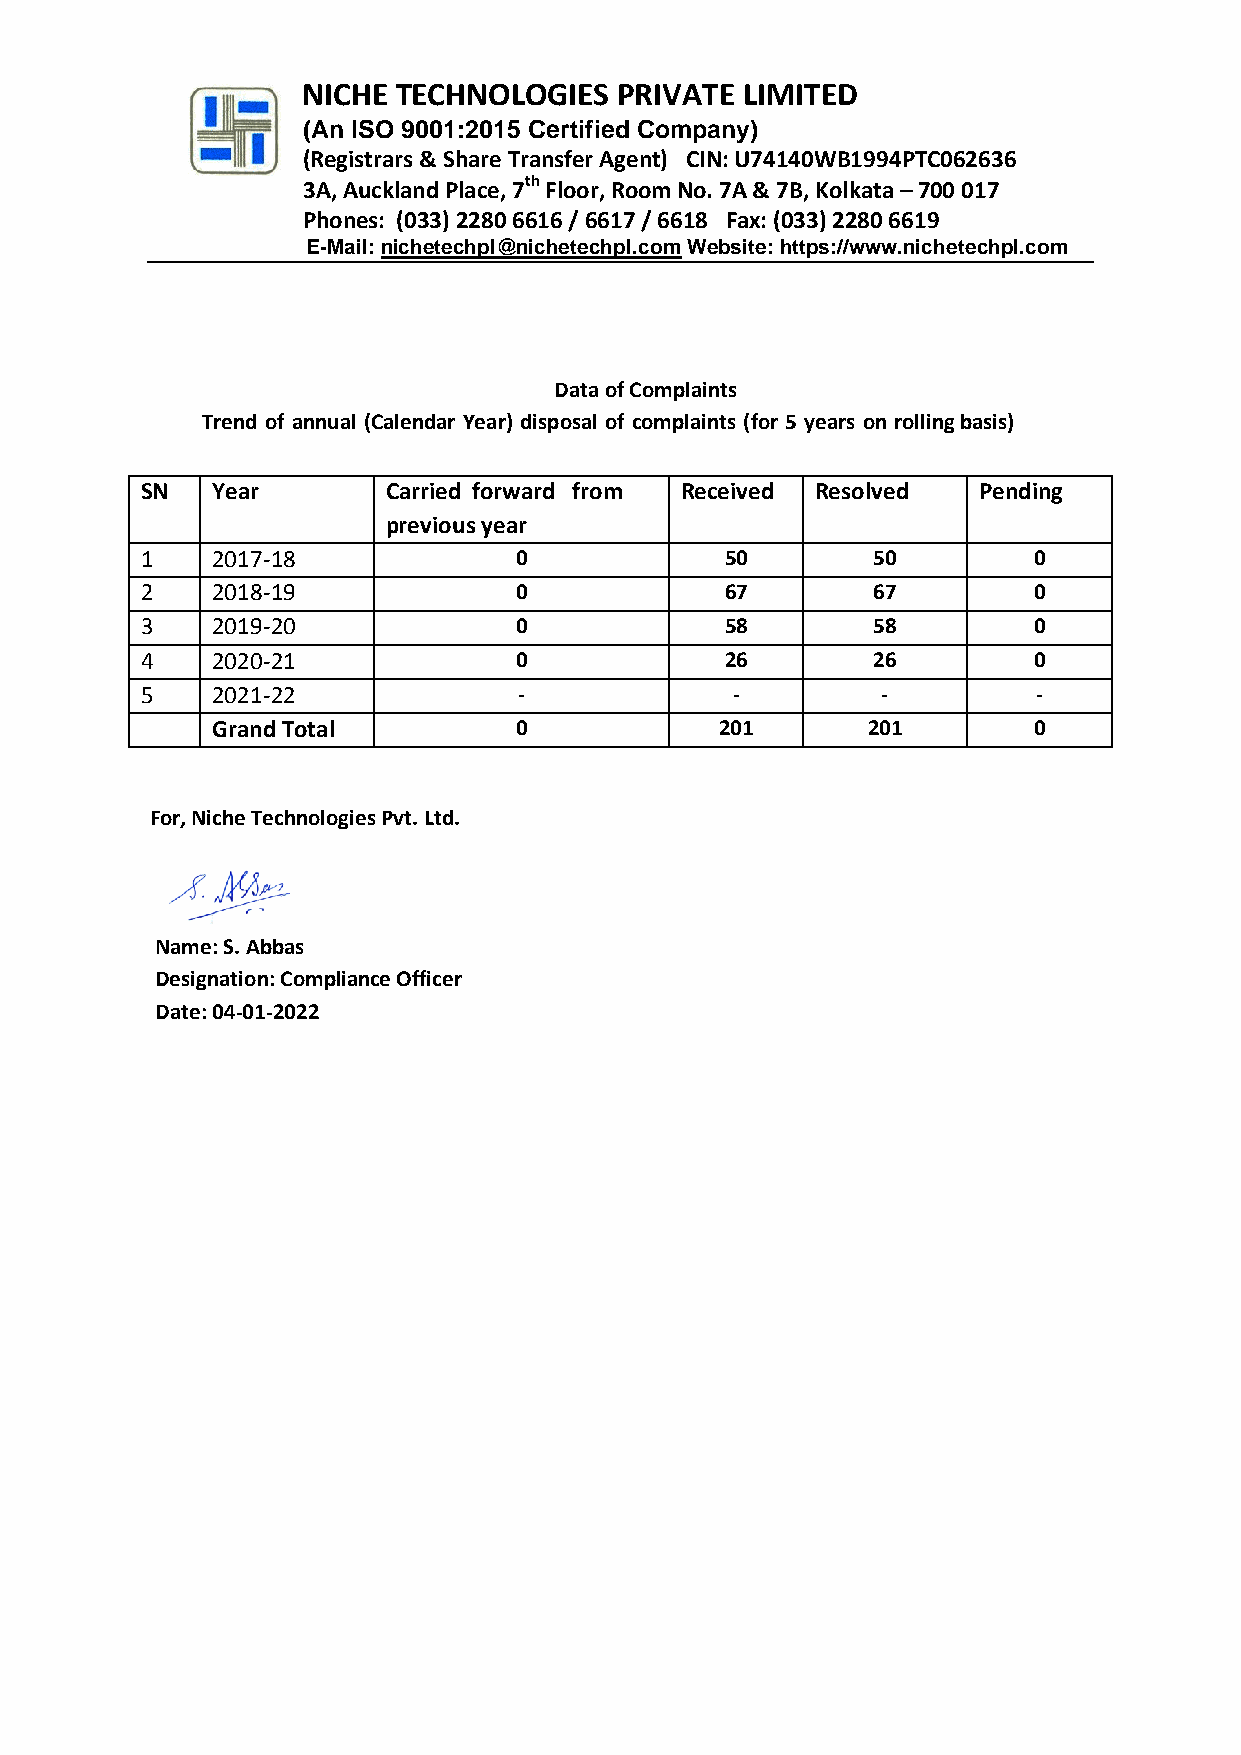
NICH NICHE TECHNOLOGIES   PRIVATE LIMITED
 (An ISO 9001:2015 Certified Company)
 (Registrars & Share Transfer Agent) CIN: U74140WB1994PTC062636
 3A, Auckland Place, 7th Floor, Room No. 7A & 7B, Kolkata – 700 017
 Phones: (033) 2280 6616 / 6617 / 6618 Fax: (033) 2280 6619
 E-Mail: nichetechpl@nichetechpl.com Website: https://www.nichetechpl.com
 Data of Complaints
 Trend of annual (Calendar Year) disposal of complaints (for 5 years on rolling basis)
 SN   Year        Carried forward from Received Resolved Pending
 previous year
 1    2017-18             0             50        50        0
 2    2018-19             0             67        67        0
 3    2019-20             0             58        58        0
 4    2020-21             0             26        26        0
 5    2021-22             -             -         -          -
 Grand Total         0             201      201        0
 For, Niche Technologies Pvt. Ltd.
 Name: S. Abbas
 Designation: Compliance Officer
 Date: 04-01-2022